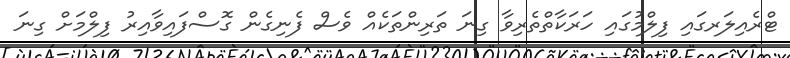
ޓްރެއިލަރގައި ފިލްމުގައި ހަރަކާތްތެރިވާ ގިނަ ތަރިންތަކެއް ވެސް ފެނިގެން ގޮސްފައިވާއިރު ފިލްމަށް ގިނަ